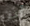
أين